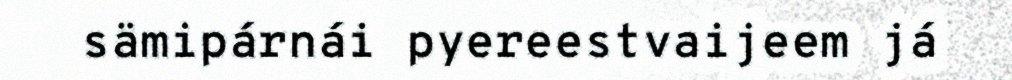
sämipárnái pyereestvaijeem já